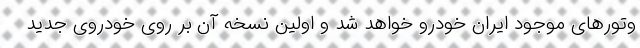
وتورهای موجود ایران خودرو خواهد شد و اولین نسخه آن بر روی خودروی جدید